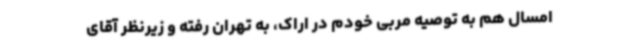
امسال هم به توصیه مربی خودم در اراک، به تهران رفته و زیرنظر آقای